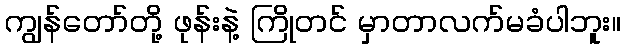
ကျွန်တော်တို့ ဖုန်းနဲ့ ကြိုတင် မှာတာလက်မခံပါဘူး။